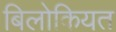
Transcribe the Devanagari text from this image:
बिलोकियत